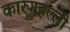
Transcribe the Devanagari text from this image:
कारुगहल्ली